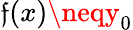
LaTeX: \mathfrak{f}(x)\neqy_{0}